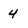
Character: 4